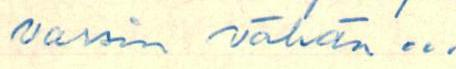
varsin vähän...